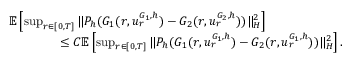
\begin{array} { r l } & { \mathbb { E } \left[ \operatorname* { s u p } _ { r \in [ 0 , T ] } \| P _ { h } ( G _ { 1 } ( r , u _ { r } ^ { G _ { 1 } , h } ) - G _ { 2 } ( r , u _ { r } ^ { G _ { 2 } , h } ) ) \| _ { H } ^ { 2 } \right] } \\ & { \qquad \qquad \leq C \ensuremath { { \mathbb E } } \left[ \operatorname* { s u p } _ { r \in [ 0 , T ] } \| P _ { h } ( G _ { 1 } ( r , u _ { r } ^ { G _ { 1 } , h } ) - G _ { 2 } ( r , u _ { r } ^ { G _ { 1 } , h } ) ) \| _ { H } ^ { 2 } \right] . } \end{array}